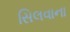
સિલવાના